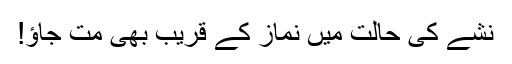
نشے کی حالت میں نماز کے قریب بھی مت جاؤ!